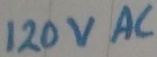
Text: 120VAC